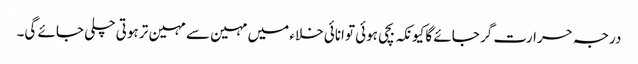
درجہ حرارت گر جائے گا کیونکہ بچی ہوئی توانائی خلاء میں مہین سے مہین تر ہوتی چلی جائے گی۔